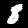
Label: 8